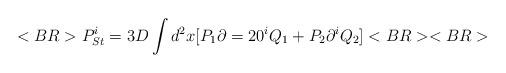
LaTeX: \begin{align*}<BR>P^i_{St}=3D\int d^2x[P_1\partial=20^iQ_1+P_2\partial ^iQ_2]<BR><BR>\end{align*}